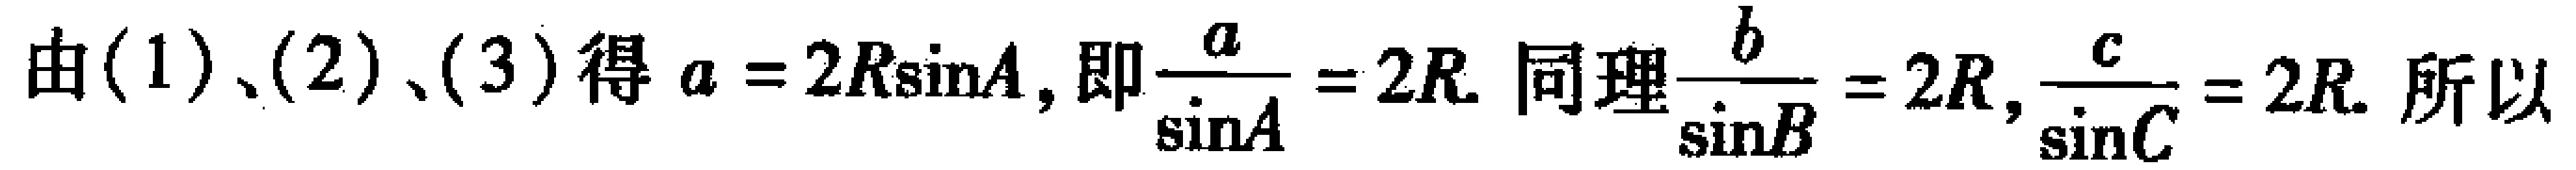
由(1)、(2)、(3)得\(a = 2R\sin A\)，即\(\frac{a}{\sin A}= 2R\). 同理\(\frac{b}{\sin B}= 2R\)，\(\frac{c}{\sin C}= 2R\). 所以